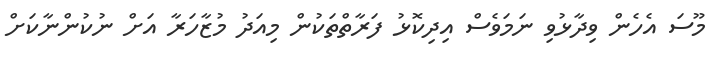
މޫސަ އެހެން ވިދާޅުވި ނަމަވެސް އިދިކޮޅު ފަރާތްތަކުން މިއަދު މުޒާހަރާ އަށް ނުކުންނާކަށް